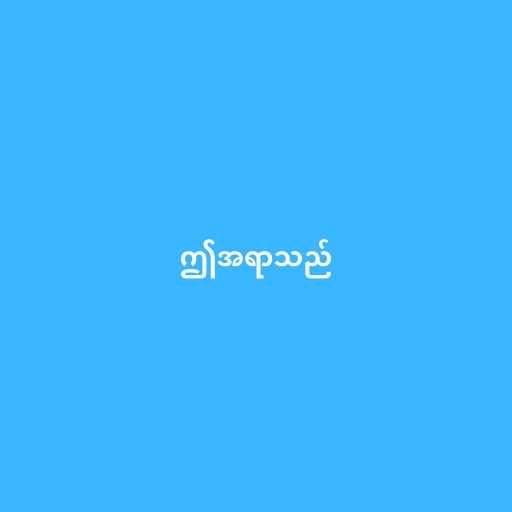
ဤအရာသည်